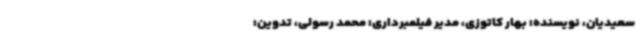
سعیدیان، نویسنده: بهار کاتوزی، مدیر فیلمبرداری: محمد رسولی، تدوین: